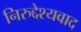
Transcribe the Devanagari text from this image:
निरुद्देश्यवाद